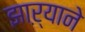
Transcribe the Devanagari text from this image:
झाऱ्याने